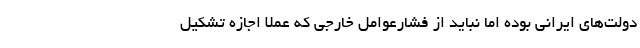
دولت‌های ایرانی بوده اما نباید از فشارعوامل خارجی که عملا اجازه تشکیل